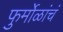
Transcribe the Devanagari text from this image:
फुर्मोळांचं